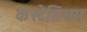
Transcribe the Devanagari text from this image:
कस्टेडियम